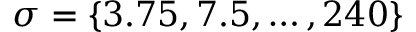
\sigma = \{ 3 . 7 5 , 7 . 5 , \ldots , 2 4 0 \}